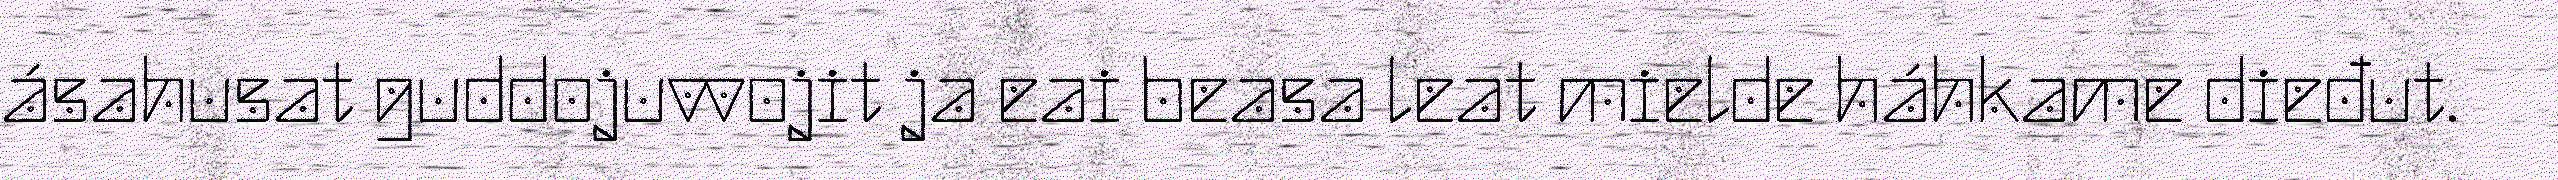
ásahusat guddojuvvojit ja eai beasa leat mielde háhkame dieđut.